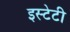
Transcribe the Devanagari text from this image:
इस्टेटी